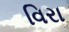
વિરા